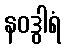
နဝဒွါရံ